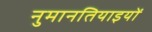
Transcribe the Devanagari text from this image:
नुमानतियाइयों